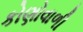
કોણોવાળી